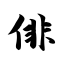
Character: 俳